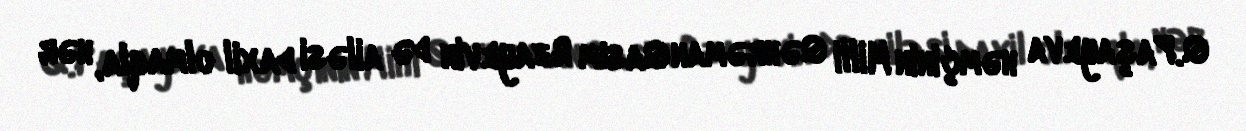
Q.Paşayeva həmçinin Milli Qəhrəman Qasım Rzayevin də ailəsi daxil olmaqla, hər